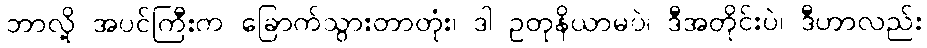
ဘာလို့ အပင်ကြီးက ခြောက်သွားတာတုံး၊ ဒါ ဥတုနိယာမပဲ၊ ဒီအတိုင်းပဲ၊ ဒီဟာလည်း